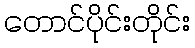
တောင်ပိုင်းတိုင်း